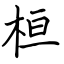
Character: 桓